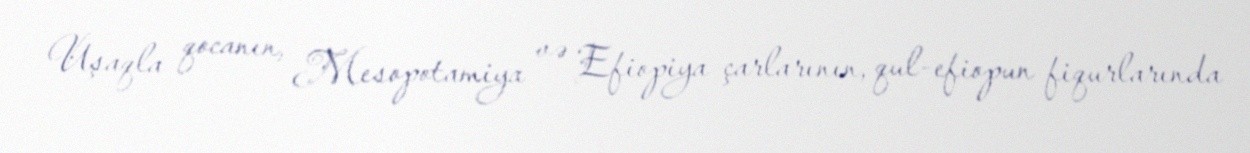
Uşaqla qocanın, Mesopotamiya və Efiopiya çarlarının, qul-efiopun fiqurlarında